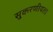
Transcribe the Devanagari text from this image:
सुकरणीयता